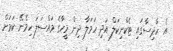
އެ ހާދިސާގައި ޓެކްނިކަލް އަދި ހަމަލާ ދިން މީހާގެ މައްސަލަ ހިމެނޭ ކަމަށް